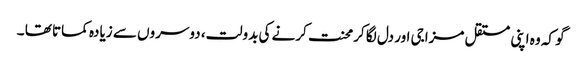
گو کہ وہ اپنی مستقل مزاجی اور دل لگا کرمحنت کرنے کی بدولت، دوسروں سے زیادہ کماتا تھا ۔